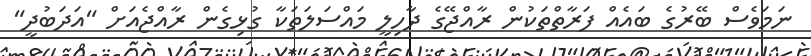
ނަމަވެސް ބޭރުގެ ބައެއް ފަރާތްތަކުން ރާއްޖޭގެ ދާހިލީ މައްސަލަތަކާ ގުޅިގެން ރާއްޖެއަށް "އަދަބުދީ"